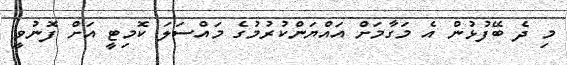
މި ދެ ބޭފުޅުން އެ މަގާމަށް އައްޔަންކުރުމުގެ މައްސަލަ ކޮމިޓީ އަށް ފޮނުވީ